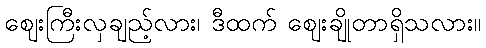
ဈေးကြီးလှချည့်လား၊ ဒီထက် ဈေးချိုတာရှိသလား။